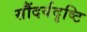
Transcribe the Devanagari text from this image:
सौंदर्यदृष्टि